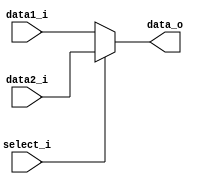
module MUX2
(
	data1_i,
	data2_i,
	select_i,
	data_o
);

input	[1:0]	data1_i, data2_i;
input			select_i;
output	[1:0]	data_o;

assign data_o = (select_i == 1'b0) ? data1_i : data2_i;

endmodule